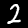
Label: 2